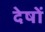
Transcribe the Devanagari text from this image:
देषों